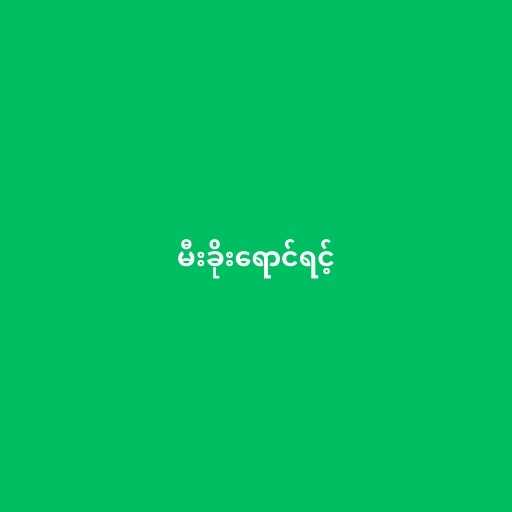
မီးခိုးရောင်ရင့်